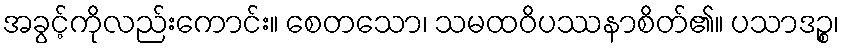
အခွင့်ကိုလည်းကောင်း။ စေတသော၊ သမထဝိပဿနာစိတ်၏။ ပသာဒဉ္စ၊